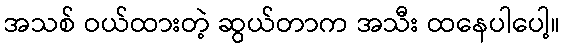
အသစ် ဝယ်ထားတဲ့ ဆွယ်တာက အသီး ထနေပါပေါ့။